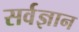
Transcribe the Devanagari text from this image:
सर्वज्ञान